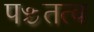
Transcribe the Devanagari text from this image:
पञ्चतत्व